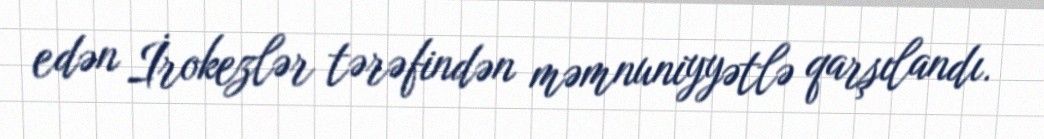
edən İrokezlər tərəfindən məmnuniyyətlə qarşılandı.